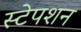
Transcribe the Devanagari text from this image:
स्‍टेपशन